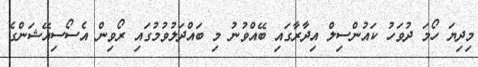
މިދިޔަ ހޯމަ ދުވަހު ކައުންސިލް އިދާރާގައި ބޭއްވުނު މި ބައްދަލުވުމުގައި ރޯވިން އެސޯސިއޭޝަންގެ